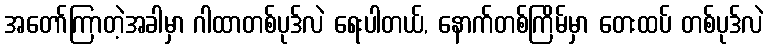
အတော်ကြာတဲ့အခါမှာ ဂါထာတစ်ပုဒ်လဲ ရေးပါတယ်, နောက်တစ်ကြိမ်မှာ တေးထပ် တစ်ပုဒ်လဲ